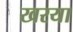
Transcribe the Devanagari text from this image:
खरया